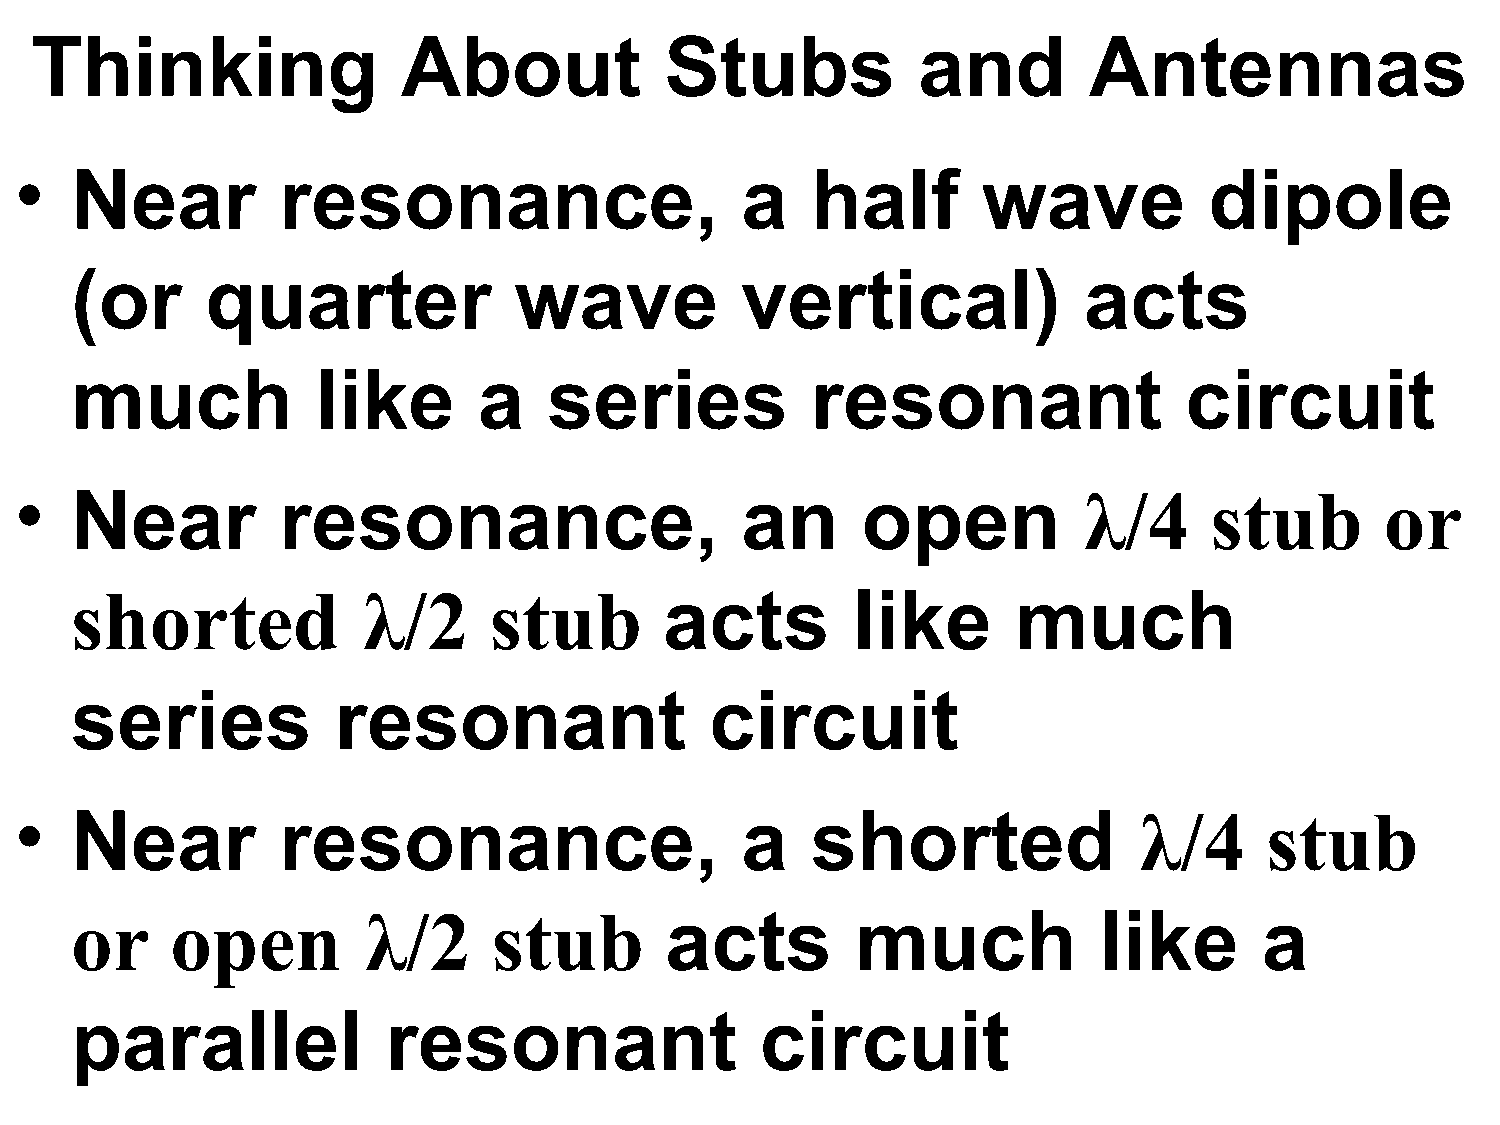
Thinking                 About            Stubs            and        Antennas
 •   Near         resonance,                     a    half       wave           dipole
 (or      quarter             wave           vertical)              acts
 much            like       a   series            resonant                circuit
 •   Near         resonance,                     an      open           λ/4     stub        or
 shorted            λ/2     stub        acts        like       much
 series           resonant                 circuit
 •   Near         resonance,                     a    shorted              λ/4      stub
 or    open         λ/2      stub       acts         much            like       a
 parallel             resonant                circuit